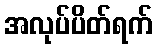
အလုပ်ပိတ်ရက်